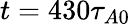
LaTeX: t=430\tau_{A0}